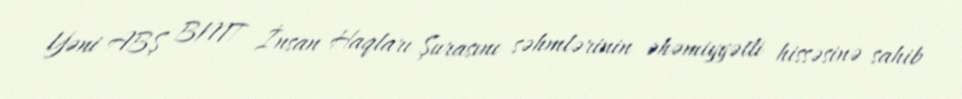
Yəni ABŞ BMT İnsan Haqları Şurasını səhmlərinin əhəmiyyətli hissəsinə sahib